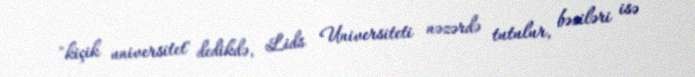
"kiçik universitet" dedikdə, Lids Universiteti nəzərdə tutulur, bəziləri isə